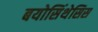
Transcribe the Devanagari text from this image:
बयोसिंथेसिस